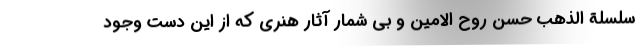
سلسلة الذهب حسن روح الامین و بی شمار آثار هنری که از این دست وجود